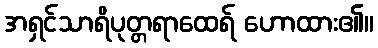
အရှင်သာရိပုတ္တရာထေရ် ဟောထား၏။